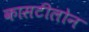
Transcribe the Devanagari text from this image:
कासटीलोन